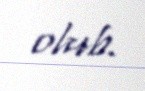
olub.